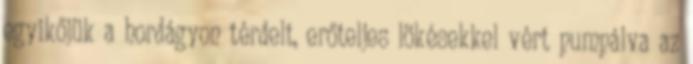
egyikőjük a hordágyon térdelt, erőteljes lökésekkel vért pumpálva az